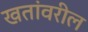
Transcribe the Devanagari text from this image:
खतांवरील